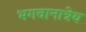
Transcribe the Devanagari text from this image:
भगवानात्रेय